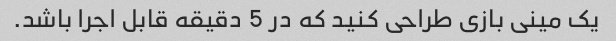
یک مینی بازی طراحی کنید که در 5 دقیقه قابل اجرا باشد.